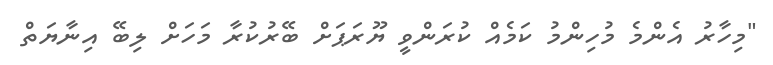
"މިހާރު އެންމެ މުހިންމު ކަމެއް ކުރަންވީ ޔޫރަޕަށް ބޭރުކުރާ މަހަށް ލިބޭ އިނާޔަތް